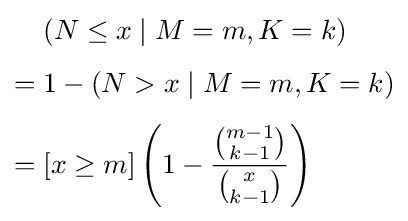
{\begin{aligned}&(N\leq x\mid M=m,K=k)\\[4pt]={}&1-(N>x\mid M=m,K=k)\\[4pt]={}&[x\geq m]\left(1-{\frac {\binom {m-1}{k-1}}{\binom {x}{k-1}}}\right)\end{aligned}}